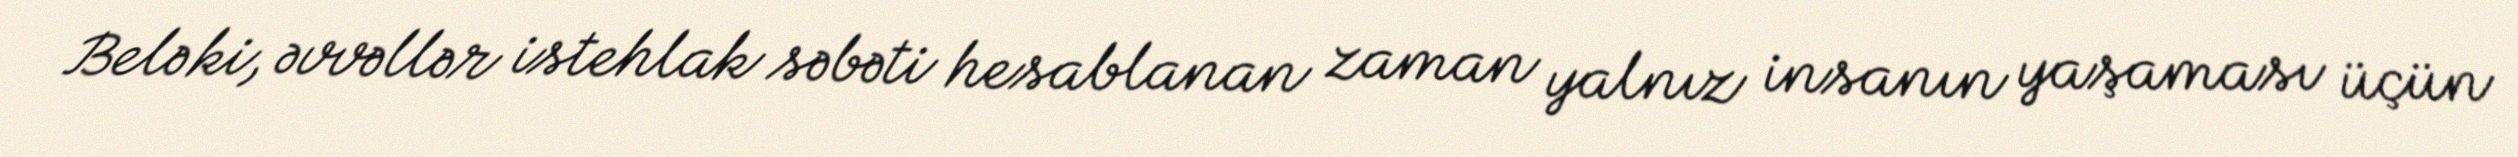
Belə ki, əvvəllər istehlak səbəti hesablanan zaman yalnız insanın yaşaması üçün